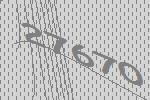
27670